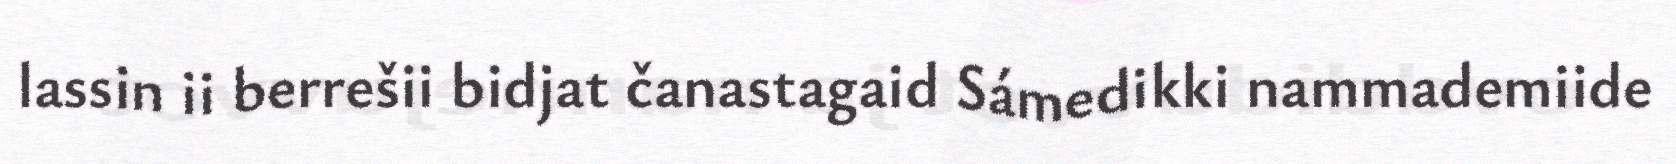
lassin ii berrešii bidjat čanastagaid Sámedikki nammademiide